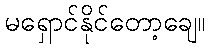
မရှောင်နိုင်တော့ချေ။